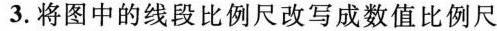
3.将图中的线段比例尺改写成数值比例尺